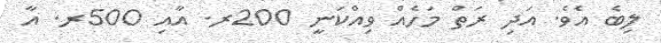
ލިބެ އެވެ. އަދި ރަތް މަހެއް ވިއްކަނީ 200ރ. އާއި 500ރ. އާ